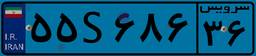
۵۵S۶۸۶۳۶